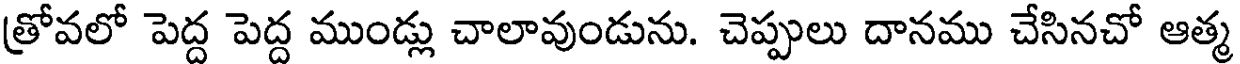
త్రోవలో పెద్ద పెద్ద ముండ్లు చాలావుండును. చెప్పులు దానము చేసినచో ఆత్మ